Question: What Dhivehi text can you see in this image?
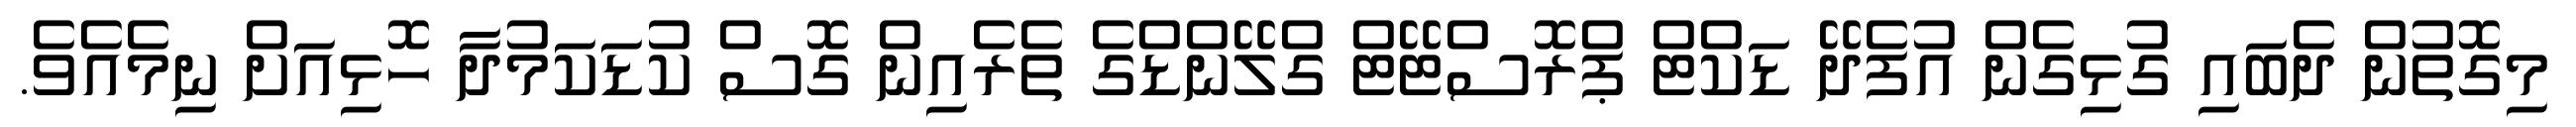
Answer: މިގޮތުން ދެބައި ގުޅިގެން އުފެދޭ ޑަކްޓް ޕްރޮސްޓޭޓް ގްލޭންޑްގެ ތެރެއިން ގޮސް ކުޑަކަމުދާ ހޮޅިއަށް ނިމެއެވެ.